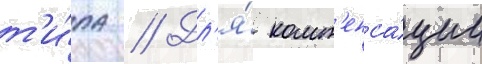
т'и́па // Дл'я́ комп'енса́ции